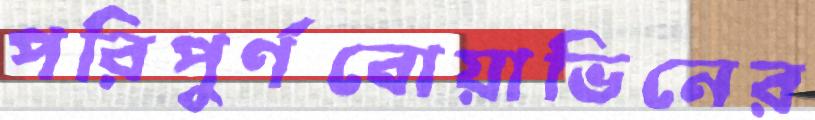
পরিপুর্ণবোয়াভিনের